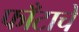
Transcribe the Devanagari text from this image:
फाँटाचे